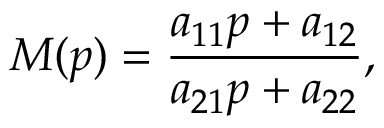
M ( p ) = \frac { a _ { 1 1 } p + a _ { 1 2 } } { a _ { 2 1 } p + a _ { 2 2 } } ,